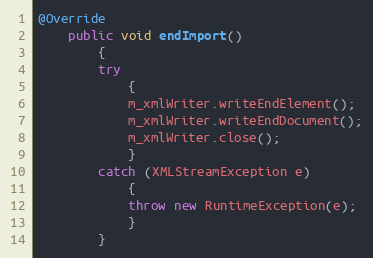
Language: Java
@Override
    public void endImport()
        {
        try
            {
            m_xmlWriter.writeEndElement();
            m_xmlWriter.writeEndDocument();
            m_xmlWriter.close();
            }
        catch (XMLStreamException e)
            {
            throw new RuntimeException(e);
            }
        }